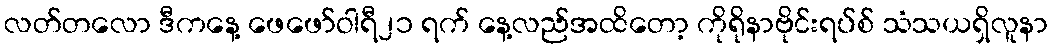
လတ်တလော ဒီကနေ့ ဖေဖော်ဝါရီ၂၁ ရက် နေ့လည်အထိတော့ ကိုရိုနာဗိုင်းရပ်စ် သံသယရှိလူနာ